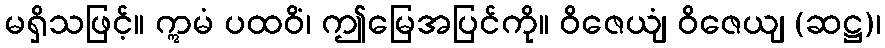
မရှိသဖြင့်။ ဣမံ ပထဝိံ၊ ဤမြေအပြင်ကို။ ဝိဇေယျံ ဝိဇေယျ (ဆဋ္ဌ)၊